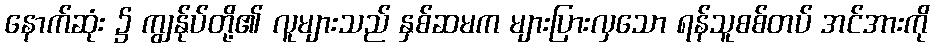
နောက်ဆုံး ၌ ကျွန်ုပ်တို့၏ လူများသည် နှစ်ဆမက များပြားလှသော ရန်သူစစ်တပ် အင်အားကို